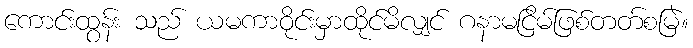
ကောင်းထွန်း သည် ယမကာဝိုင်းမှာထိုင်မိလျှင် ဂနာမငြိမ်ဖြစ်တတ်စမြဲ။